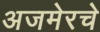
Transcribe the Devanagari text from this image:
अजमेरचे